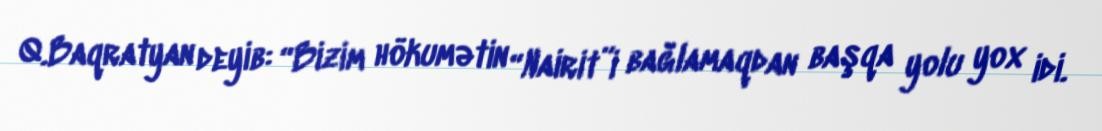
Q.Baqratyan deyib: “Bizim hökumətin “Nairit”i bağlamaqdan başqa yolu yox idi.